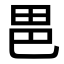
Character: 𭻆